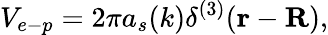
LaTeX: V_{e-p}=2\pi a_{s}(k)\delta^{(3)}(\mathbf{r}-\mathbf{R}),